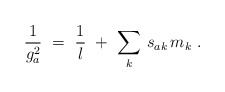
\begin{align*}\frac{1}{g^2_a}\ =\ \frac{1}{l}\ +\ \sum_k\, s_{ak}\, m_k\ .\end{align*}